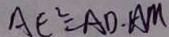
A E ^ { 2 } = A D \cdot A M